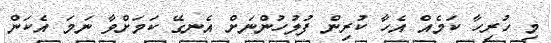
މި ހުރިހާ ކަމެއް އެހާ ކުރިން ފުލުހުންނަށް އެނގޭ ކަމަށްވާ ނަމަ އެކަން